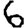
Digit: 6